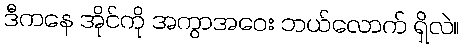
ဒီကနေ အိုင်ကို အကွာအဝေး ဘယ်လောက် ရှိလဲ။